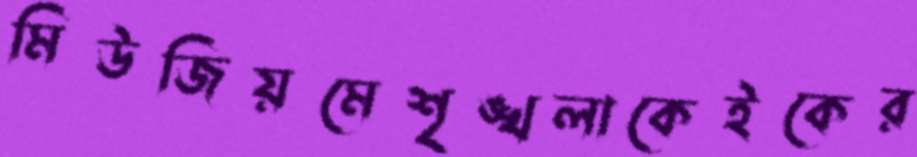
মিউজিয়মেশৃঙ্খলাকেইকের